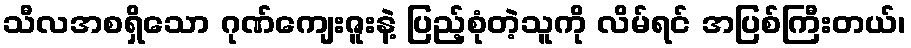
သီလအစရှိသော ဂုဏ်ကျေးဇူးနဲ့ ပြည့်စုံတဲ့သူကို လိမ်ရင် အပြစ်ကြီးတယ်၊